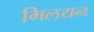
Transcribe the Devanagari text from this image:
मिलयन